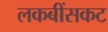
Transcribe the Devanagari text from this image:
लकबींसकट